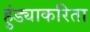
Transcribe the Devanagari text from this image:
हुंड्याकरिता